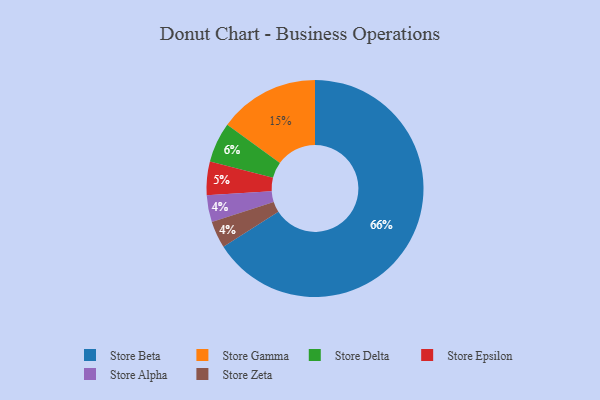
{"axis": {"x": "Category", "y": "Percentage"}, "legend": ["Store Alpha", "Store Beta", "Store Delta", "Store Epsilon", "Store Gamma", "Store Zeta"], "data": [{"x": "Store Alpha", "y": 4, "type": "Store Alpha"}, {"x": "Store Delta", "y": 6, "type": "Store Delta"}, {"x": "Store Epsilon", "y": 5, "type": "Store Epsilon"}, {"x": "Store Gamma", "y": 15, "type": "Store Gamma"}, {"x": "Store Zeta", "y": 4, "type": "Store Zeta"}, {"x": "Store Beta", "y": 66, "type": "Store Beta"}]}